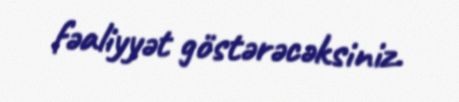
fəaliyyət göstərəcəksiniz.